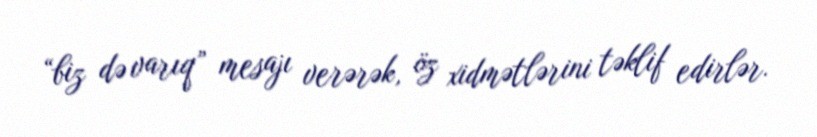
“biz də varıq” mesajı verərək, öz xidmətlərini təklif edirlər.